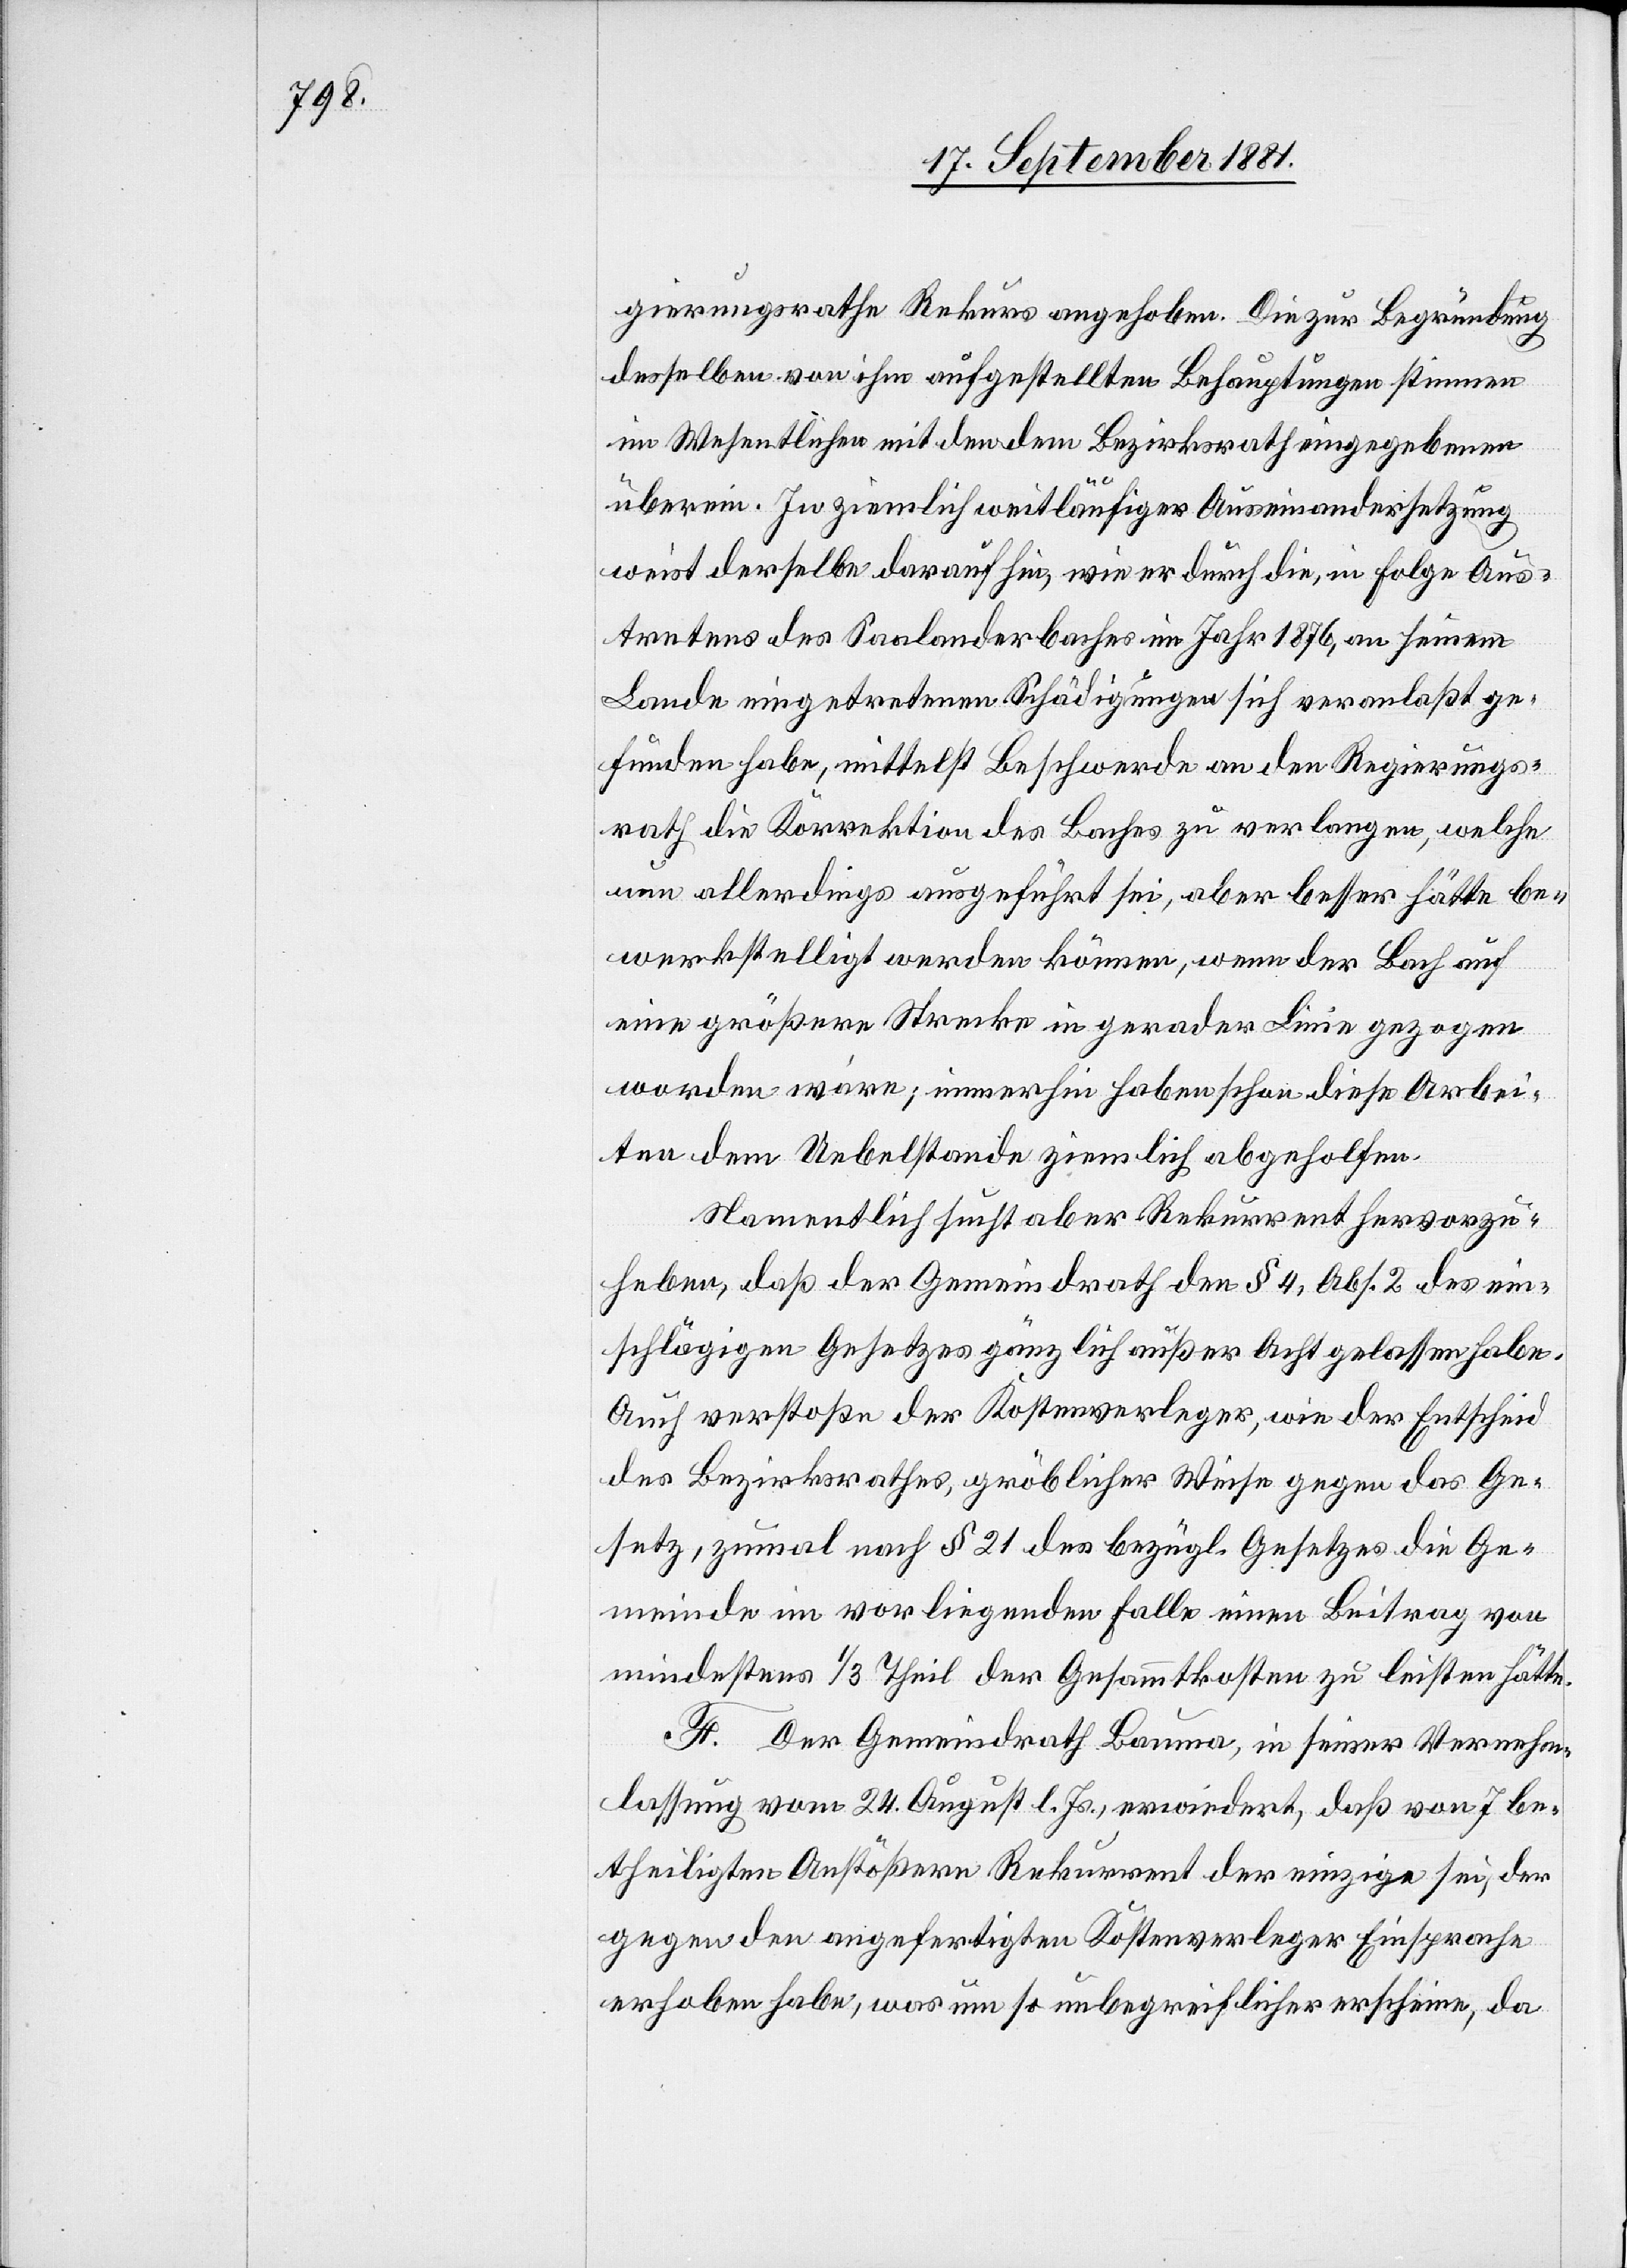
gierungsrathe Rekurs angehoben. Die zur Begründung
desselben von ihm aufgestellten Behauptungen stimmen
im Wesentlichen mit den dem Bezirksrath eingegebenen
überein. In ziemlich weitläufiger Auseinandersetzung
weist derselbe darauf hin, wie er durch die, in Folge Aus¬
tretens des Saalanderbaches im Jahr 1876, an seinem
Lande eingetretenen Schädigungen sich veranlaßt ge¬
funden habe, mittelst Beschwerde an den Regierungs¬
rath die Korrektion des Baches zu verlangen, welche
nun allerdings ausgeführt sei, aber besser hätte be¬
werkstelligt werden können, wenn der Bach auf
eine größere Strecke in gerader Linie gezogen
worden wäre; immerhin haben schon diese Arbei¬
ten dem Uebelstande ziemlich abgeholfen.
Namentlich sucht aber Rekurrent hervorzu¬
heben, daß der Gemeindrath den § 4, Abs. 2 des ein¬
schlägigen Gesetzes gänzlich außer Acht gelassen habe.
Auch verstoßen der Kostenverleger, wie der Entscheid
des Bezirksrathes, gröblicher Weise gegen das Ge¬
setz, zumal nach § 21 des bezügl. Gesetzes die Ge¬
meinde im vorliegenden Falle einen Beitrag von
mindestens 1/3 Theil der Gesammtkosten zu leisten hätte.
F. Der Gemeindrath Bauma, in seiner Vernehm¬
lassung vom 24. August l. Js., erwiedert, daß von 7 be¬
theiligten Anstößern Rekurrent der einzige sei, der
gegen den angefertigten Kostenverleger Einsprache
erhoben habe, was um so unbegreiflicher erscheine, da